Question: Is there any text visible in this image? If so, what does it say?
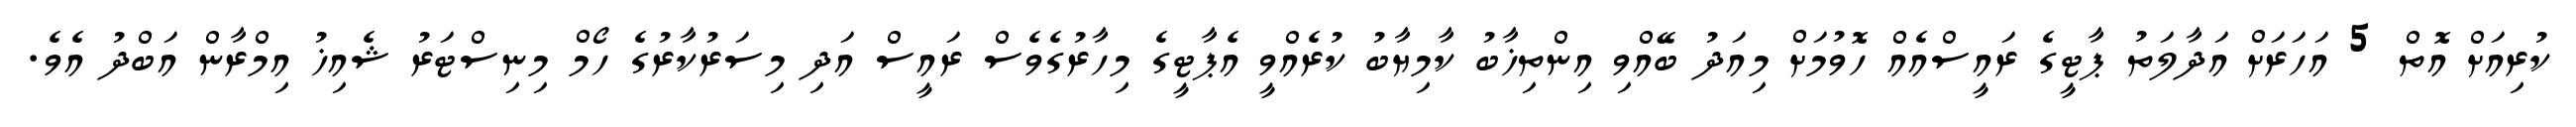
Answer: ކުރިއަށް އޮތް 5 އަހަރަށް އަދާލަތު ޕާޓީގެ ރައީސްއެއް ހޮވުމަށް މިއަދު ބޭއްވި އިންތިޚާބު ކާމިޔާބު ކުރެއްވީ އެޕާޓީގެ މިހާރުގެވެސް ރައީސް އަދި މިސަރުކާރުގެ ހޯމް މިނިސްޓަރު ޝެއިޚު އިމްރާން އަބްދު އެވެ.